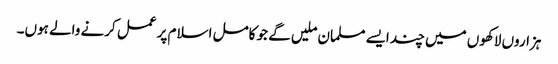
ہزاروں لاکھوں میں چند ایسے مسلمان ملیں گے جو کامل اسلام پر عمل کرنے والے ہوں۔